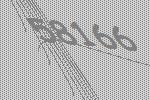
58166